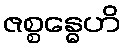
ဇစ္စန္ဓေဟိ